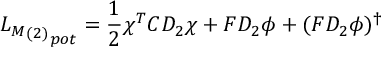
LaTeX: { { { \cal L } _ { M } } _ { ( 2 ) } } _ { p o t } = \frac { 1 } { 2 } \chi ^ { T } C D _ { 2 } \chi + F D _ { 2 } \phi + ( F D _ { 2 } \phi ) ^ { \dagger }